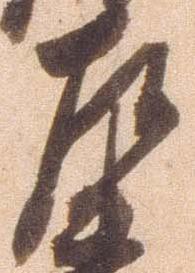
左